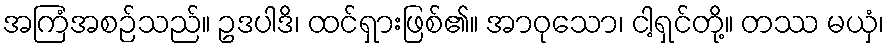
အကြံအစဉ်သည်။ ဥဒပါဒိ၊ ထင်ရှားဖြစ်၏။ အာဝုသော၊ ငါ့ရှင်တို့။ တဿ မယှံ၊